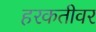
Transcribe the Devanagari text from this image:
हरकतीवर